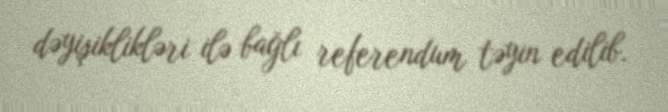
dəyişiklikləri ilə bağlı referendum təyin edilib.